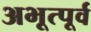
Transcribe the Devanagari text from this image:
अभूत्पूर्व